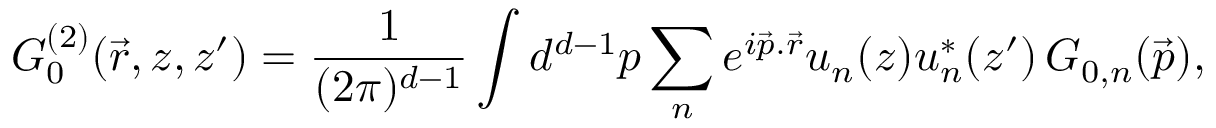
G _ { 0 } ^ { ( 2 ) } ( \vec { r } , z , z ^ { \prime } ) = \frac { 1 } { ( 2 \pi ) ^ { d - 1 } } \int d ^ { d - 1 } p \sum _ { n } e ^ { i \vec { p } . \vec { r } } u _ { n } ( z ) u _ { n } ^ { * } ( z ^ { \prime } ) \, G _ { 0 , n } ( \vec { p } ) ,